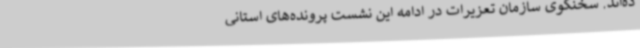
ده‌اند. سخنگوی سازمان تعزیرات در ادامه این نشست پرونده‌های استانی